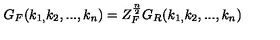
G _ { F } ( k _ { 1 , } k _ { 2 } , . . . , k _ { n } ) = Z _ { F } ^ { \frac n 2 } G _ { R } ( k _ { 1 , } k _ { 2 } , . . . , k _ { n } )